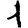
Digit: 1